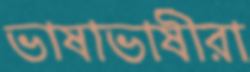
ভাষাভাষীরা